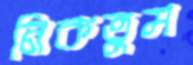
নিকতুম